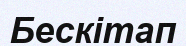
Бескітап